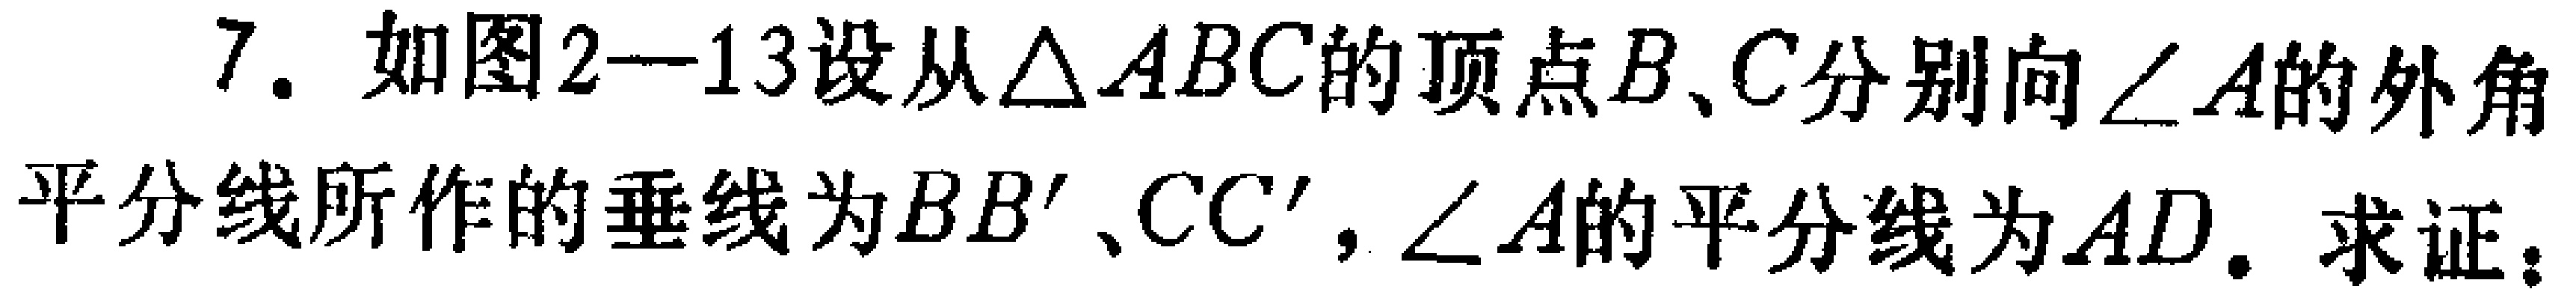
7. 如图2—13设从\(\triangle ABC\)的顶点\(B、C\)分别向\(\angle A\)的外角平分线所作的垂线为\(BB'、CC'\)，\(\angle A\)的平分线为\(AD\). 求证：